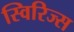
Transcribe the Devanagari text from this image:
स्विरिज्स